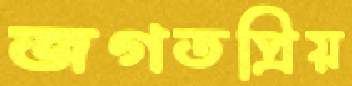
জগতপ্রিয়